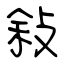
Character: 敍